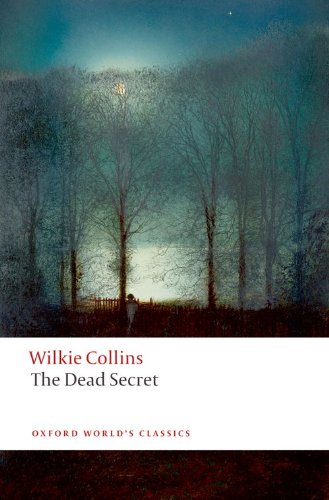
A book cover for The Dead Secret (Oxford World's Classics); Wilkie Collins; Literature & Fiction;